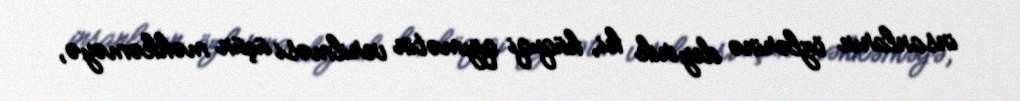
insanların özlərinə deyirik ki, hüquqi qiymətin verilməsi üçün məhkəməyə,